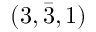
( 3 , { \bar { 3 } } , 1 )